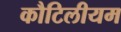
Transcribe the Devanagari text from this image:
कौटिलीयम